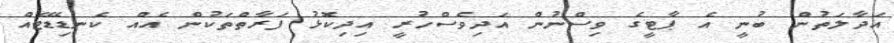
އަދާލަތުން ބުނީ އެ ޕާޓީގެ ވިސްނުން އަދިވެސްހުރީ އިދިކޮޅު ފަރާތްތަކުން އެއް ކެނޑިޑޭޓެއް